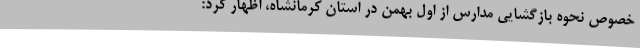
خصوص نحوه بازگشایی مدارس از اول بهمن در استان کرمانشاه، اظهار کرد: